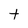
Character: t